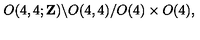
O ( 4 , 4 ; { \bf Z } ) \backslash O ( 4 , 4 ) / O ( 4 ) \times O ( 4 ) ,